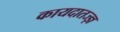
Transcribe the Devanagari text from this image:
कायदातज्ज्ञ